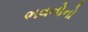
ભવનોનો